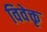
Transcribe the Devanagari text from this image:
विवेक्तृ